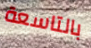
بالتاسعة